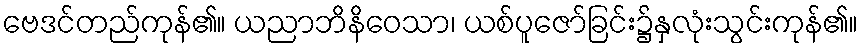
ဗေဒင်တည်ကုန်၏။ ယညာဘိနိဝေသာ၊ ယစ်ပူဇော်ခြင်း၌နှလုံးသွင်းကုန်၏။